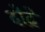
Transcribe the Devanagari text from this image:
दोद्रे